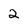
Character: 2